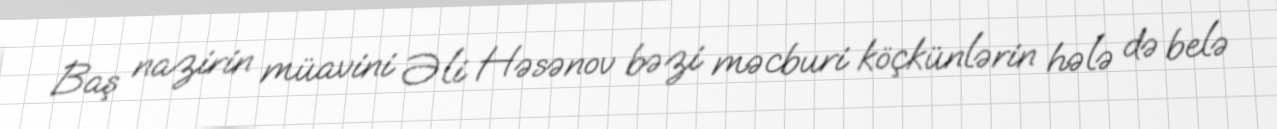
Baş nazirin müavini Əli Həsənov bəzi məcburi köçkünlərin hələ də belə